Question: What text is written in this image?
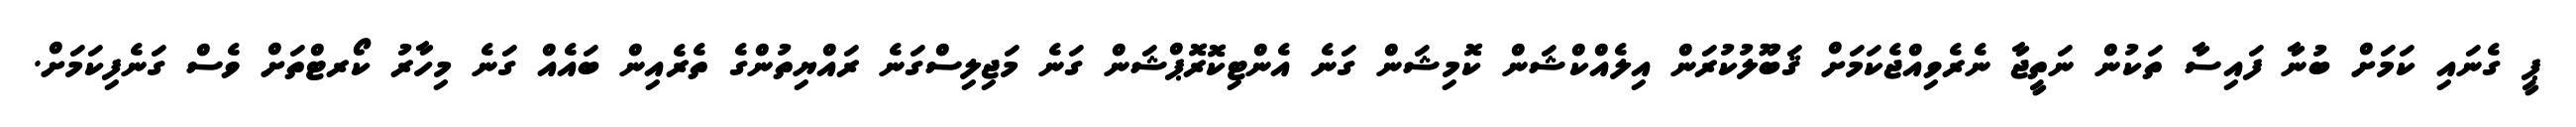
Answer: ޕީ ގެނައި ކަމަށް ބުނާ ފައިސާ ތަކުން ނަތީޖާ ނެރެވިއްޖެކަމަށް ޤަބޫލުކުރަން އިލެއްކްޝަން ކޮމިޝަން ގަނެ އެންޓިކޮރޮޕްޝަން ގަނެ މަޖިލިސްގަނެ ރައްޔިތުންގެ ތެރެއިން ބައެއް ގަނެ މިހާރު ކޯރޓްތަށް ވެސް ގަނެފިކަމަށް.